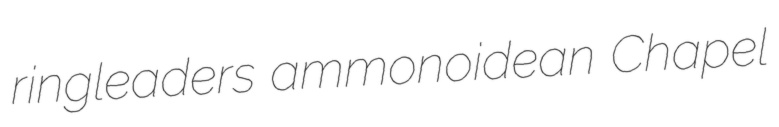
ringleaders ammonoidean Chapel